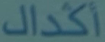
أكدال